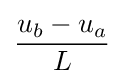
{\frac {u_{b}-u_{a}}{L}}